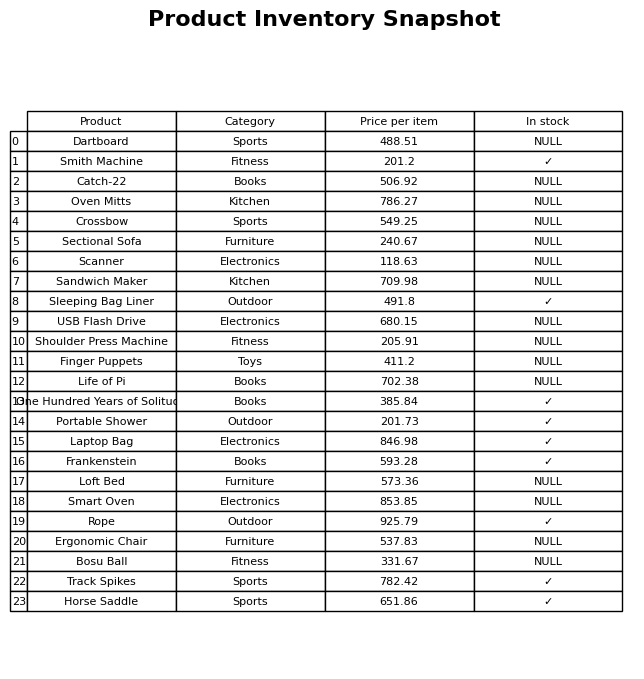
question: What is the price of the Smith Machine?
answer: The price of Smith Machine is 201.2.